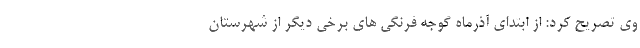
وی تصریح کرد: از ابتدای آذرماه گوجه فرنگی های برخی دیگر از شهرستان